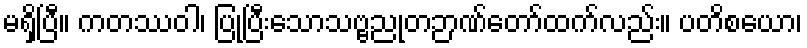
မရှိပြီ။ ကတဿဝါ၊ ပြုပြီးသောသဗ္ဗညုတဉာဏ်တော်ထက်လည်း။ ပတိစယော၊